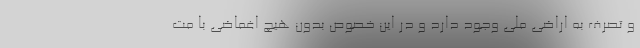
و تصرف به اراضی ملی وجود دارد و در این خصوص بدون هیچ اغماضی با مت